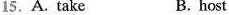
15.A. take B.host